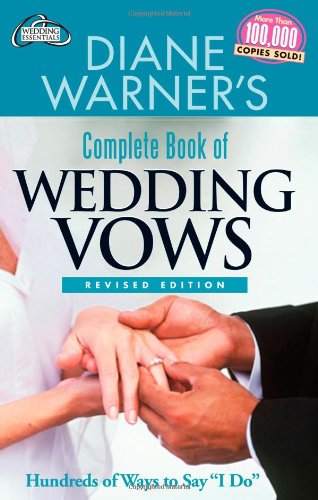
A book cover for Diane Warner's Complete Book of Wedding Vows: Hundreds of Ways to Say "I Do" (Hal Leonard Wedding Essentials); Diane Warner; Crafts, Hobbies & Home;